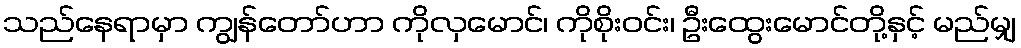
သည်နေရာမှာ ကျွန်တော်ဟာ ကိုလှမောင်၊ ကိုစိုးဝင်း၊ ဦးထွေးမောင်တို့နှင့် မည်မျှ